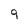
Character: q